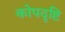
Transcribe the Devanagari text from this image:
कोपदृष्टि